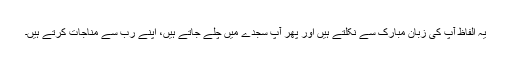
یہ الفاظ آپؐ کی زبانِ مبارک سے نکلتے ہیں اور پھر آپ سجدے میں چلے جاتے ہیں، اپنے رب سے مناجات کرتے ہیں۔